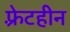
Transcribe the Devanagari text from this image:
फ़्रेटहीन